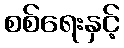
စစ်ရေးနှင့်